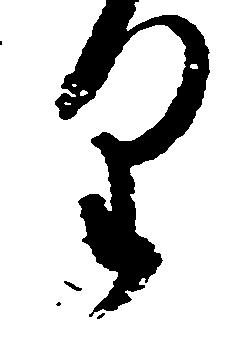
り